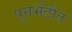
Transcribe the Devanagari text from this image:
पुनर्भेटीत